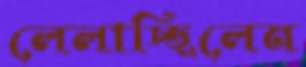
লেলাচ্ছিলেন